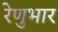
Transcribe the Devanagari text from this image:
रेणुभार